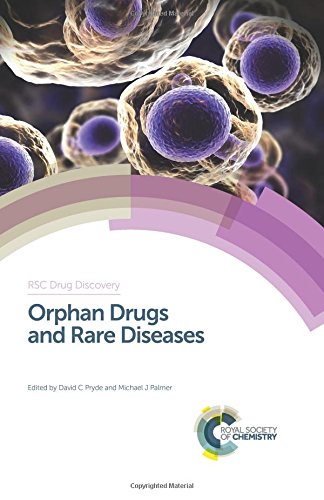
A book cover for Orphan Drugs and Rare Diseases: RSC (RSC Drug Discovery); Medical Books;